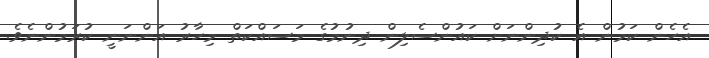
އެހެން ކަމުން އެ ކުދިންނަށް ކައުންސެލިން ދިނުމުގެ މަސައްކަތް މިހާރު އަންނަނީ ކުރަމުންނެވެ.